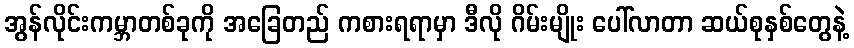
အွန်လိုင်းကမ္ဘာတစ်ခုကို အခြေတည် ကစားရရာမှာ ဒီလို ဂိမ်းမျိုး ပေါ်လာတာ ဆယ်စုနှစ်တွေနဲ့